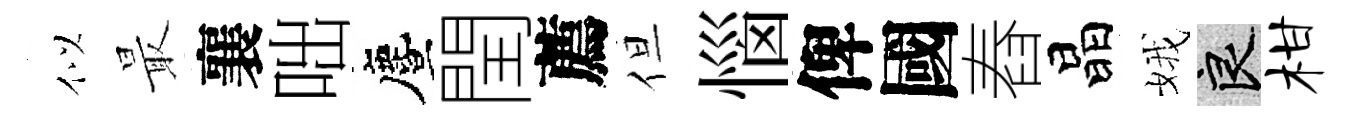
似最襄咄󵨌閏薦但惱俾國舂晶娥良柑